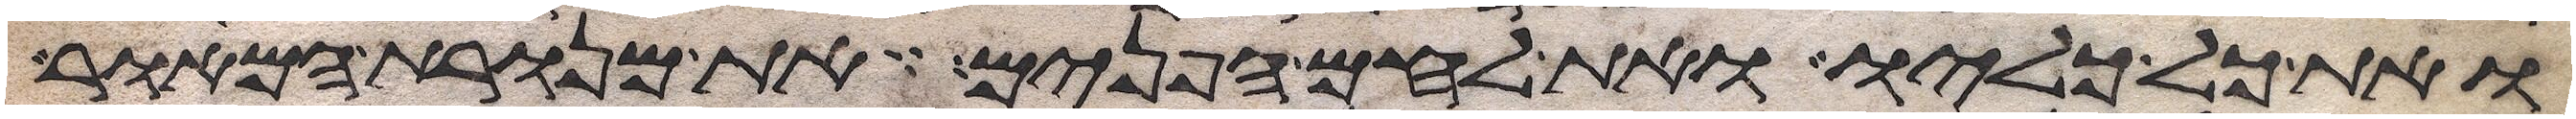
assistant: ואת כל כליו ואת לחם הפנים את מנורת המאור